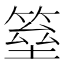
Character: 𱸕